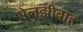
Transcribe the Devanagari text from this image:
ऐलझ़ीबाह